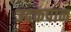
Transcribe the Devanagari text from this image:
उदकपान